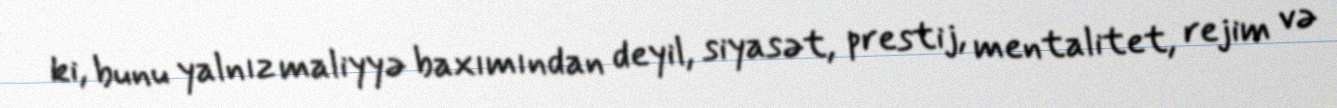
ki, bunu yalnız maliyyə baxımından deyil, siyasət, prestij, mentalitet, rejim və